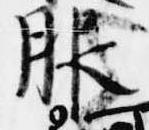
服